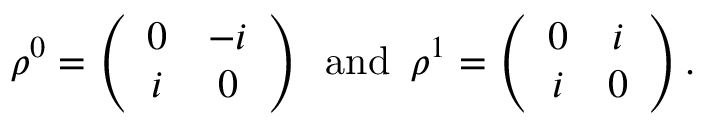
\rho ^ { 0 } = \left( \begin{array} { c c } { { 0 } } & { { - i } } \\ { { i } } & { { 0 } } \end{array} \right) \, \, \, \mathrm { a n d } \, \, \, \rho ^ { 1 } = \left( \begin{array} { c c } { { 0 } } & { { i } } \\ { { i } } & { { 0 } } \end{array} \right) .